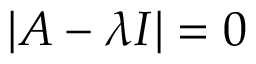
| A - \lambda I | = 0